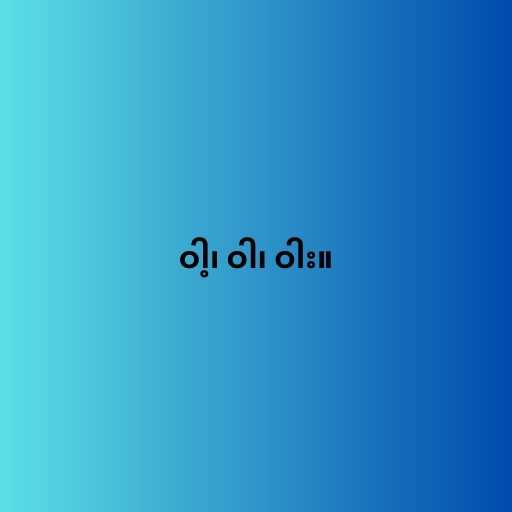
ဝါ့၊ ဝါ၊ ဝါး။